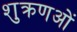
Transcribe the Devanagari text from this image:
शुक्रणओं